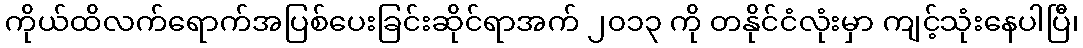
ကိုယ်ထိလက်ရောက်အပြစ်ပေးခြင်းဆိုင်ရာအက် ၂၀၁၃ ကို တနိုင်ငံလုံးမှာ ကျင့်သုံးနေပါပြီ၊